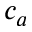
c _ { a }